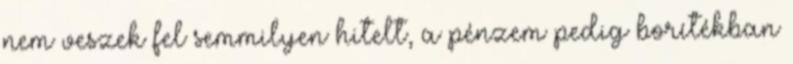
nem veszek fel semmilyen hitelt, a pénzem pedig borítékban